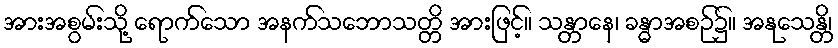
အားအစွမ်းသို့ ရောက်သော အနက်သဘောသတ္တိ အားဖြင့်။ သန္တာနေ၊ ခန္ဓာအစဉ်၌။ အနုသေန္တိ၊